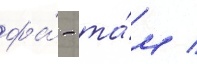
фа́ - та́м /